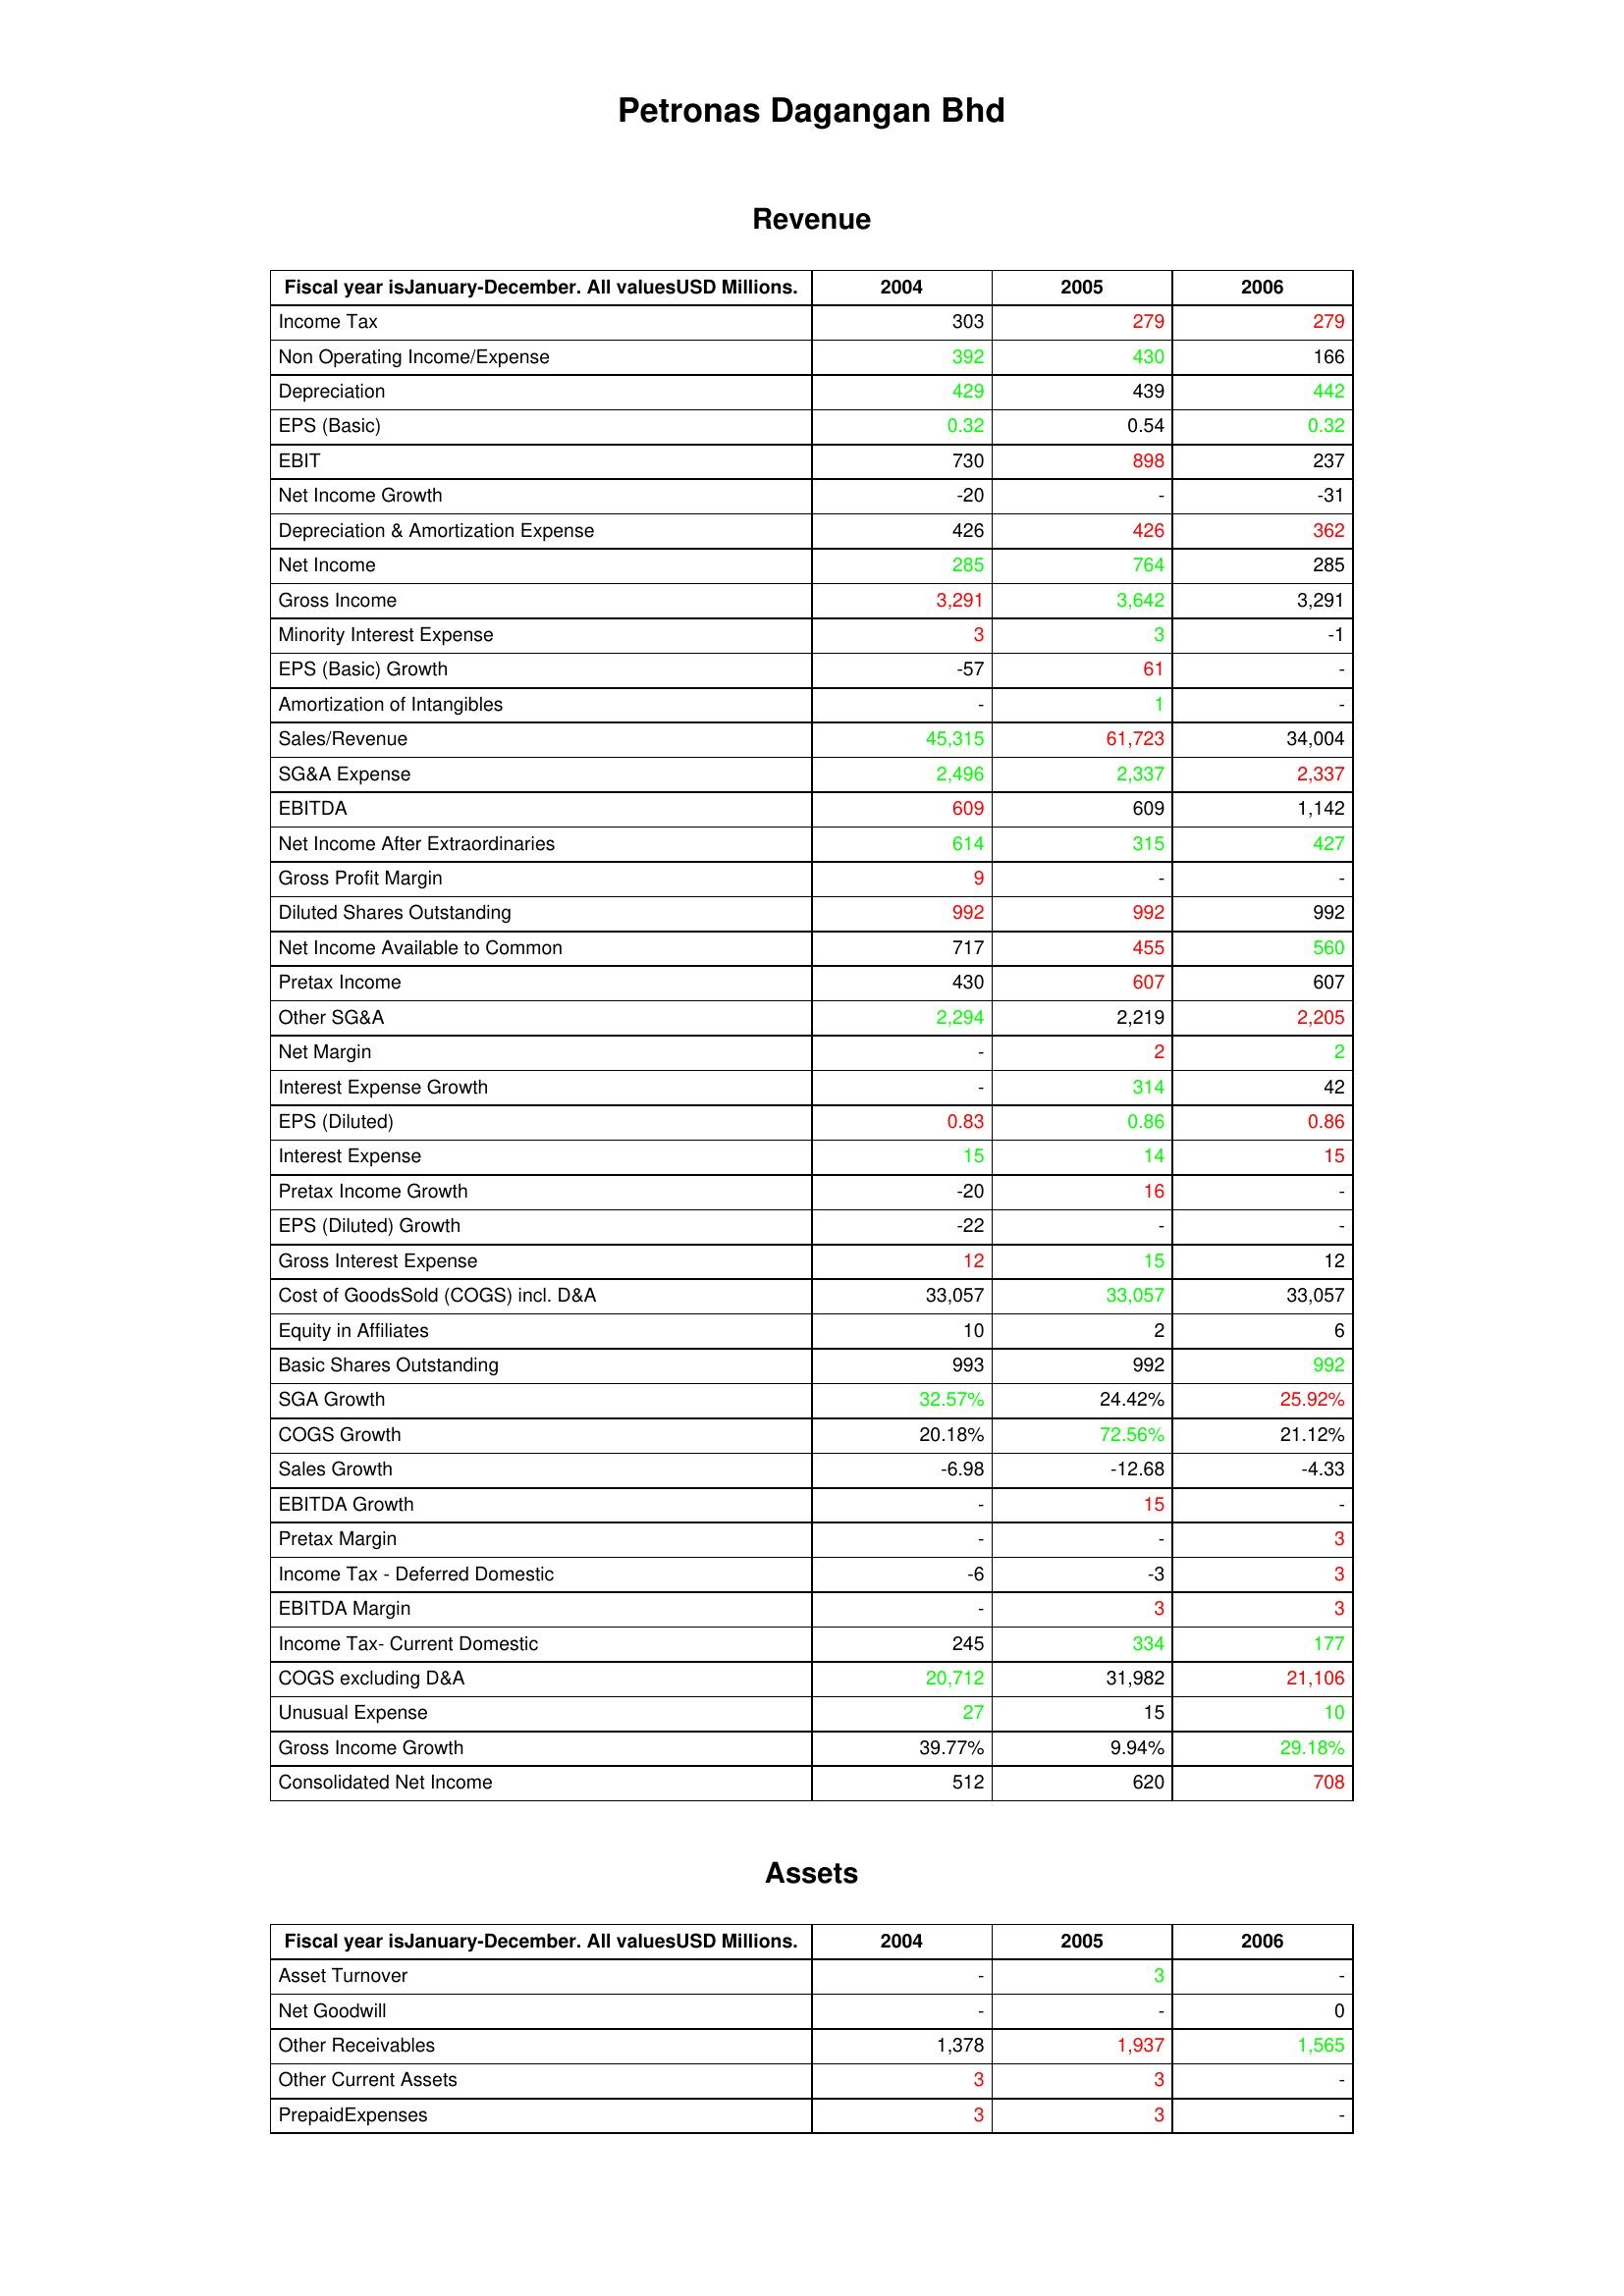
gt_parse: 2004: Revenue: Income Tax: 303
Non Operating Income/Expense: 392
Depreciation: 429
EPS (Basic): 0.32
EBIT: 730
Net Income Growth: -20
Depreciation & Amortization Expense: 426
Net Income: 285
Gross Income: 3,291
Minority Interest Expense: 3
EPS (Basic) Growth: -57
Amortization of Intangibles: -
Sales/Revenue: 45,315
SG&A Expense: 2,496
EBITDA: 609
Net Income After Extraordinaries: 614
Gross Profit Margin: 9
Diluted Shares Outstanding: 992
Net Income Available to Common: 717
Pretax Income: 430
Other SG&A: 2,294
Net Margin: -
Interest Expense Growth: -
EPS (Diluted): 0.83
Interest Expense: 15
Pretax Income Growth: -20
EPS (Diluted) Growth: -22
Gross Interest Expense: 12
Cost of GoodsSold (COGS) incl. D&A: 33,057
Equity in Affiliates: 10
Basic Shares Outstanding: 993
SGA Growth: 32.57%
COGS Growth: 20.18%
Sales Growth: -6.98
EBITDA Growth: -
Pretax Margin: -
Income Tax - Deferred Domestic: -6
EBITDA Margin: -
Income Tax- Current Domestic: 245
COGS excluding D&A: 20,712
Unusual Expense: 27
Gross Income Growth: 39.77%
Consolidated Net Income: 512
Assets: Asset Turnover: -
Net Goodwill: -
Other Receivables: 1,378
Other Current Assets: 3
PrepaidExpenses: 3
2005: Revenue: Income Tax: 279
Non Operating Income/Expense: 430
Depreciation: 439
EPS (Basic): 0.54
EBIT: 898
Net Income Growth: -
Depreciation & Amortization Expense: 426
Net Income: 764
Gross Income: 3,642
Minority Interest Expense: 3
EPS (Basic) Growth: 61
Amortization of Intangibles: 1
Sales/Revenue: 61,723
SG&A Expense: 2,337
EBITDA: 609
Net Income After Extraordinaries: 315
Gross Profit Margin: -
Diluted Shares Outstanding: 992
Net Income Available to Common: 455
Pretax Income: 607
Other SG&A: 2,219
Net Margin: 2
Interest Expense Growth: 314
EPS (Diluted): 0.86
Interest Expense: 14
Pretax Income Growth: 16
EPS (Diluted) Growth: -
Gross Interest Expense: 15
Cost of GoodsSold (COGS) incl. D&A: 33,057
Equity in Affiliates: 2
Basic Shares Outstanding: 992
SGA Growth: 24.42%
COGS Growth: 72.56%
Sales Growth: -12.68
EBITDA Growth: 15
Pretax Margin: -
Income Tax - Deferred Domestic: -3
EBITDA Margin: 3
Income Tax- Current Domestic: 334
COGS excluding D&A: 31,982
Unusual Expense: 15
Gross Income Growth: 9.94%
Consolidated Net Income: 620
Assets: Asset Turnover: 3
Net Goodwill: -
Other Receivables: 1,937
Other Current Assets: 3
PrepaidExpenses: 3
2006: Revenue: Income Tax: 279
Non Operating Income/Expense: 166
Depreciation: 442
EPS (Basic): 0.32
EBIT: 237
Net Income Growth: -31
Depreciation & Amortization Expense: 362
Net Income: 285
Gross Income: 3,291
Minority Interest Expense: -1
EPS (Basic) Growth: -
Amortization of Intangibles: -
Sales/Revenue: 34,004
SG&A Expense: 2,337
EBITDA: 1,142
Net Income After Extraordinaries: 427
Gross Profit Margin: -
Diluted Shares Outstanding: 992
Net Income Available to Common: 560
Pretax Income: 607
Other SG&A: 2,205
Net Margin: 2
Interest Expense Growth: 42
EPS (Diluted): 0.86
Interest Expense: 15
Pretax Income Growth: -
EPS (Diluted) Growth: -
Gross Interest Expense: 12
Cost of GoodsSold (COGS) incl. D&A: 33,057
Equity in Affiliates: 6
Basic Shares Outstanding: 992
SGA Growth: 25.92%
COGS Growth: 21.12%
Sales Growth: -4.33
EBITDA Growth: -
Pretax Margin: 3
Income Tax - Deferred Domestic: 3
EBITDA Margin: 3
Income Tax- Current Domestic: 177
COGS excluding D&A: 21,106
Unusual Expense: 10
Gross Income Growth: 29.18%
Consolidated Net Income: 708
Assets: Asset Turnover: -
Net Goodwill: 0
Other Receivables: 1,565
Other Current Assets: -
PrepaidExpenses: -